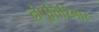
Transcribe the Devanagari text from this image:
नंपूतिरिमार